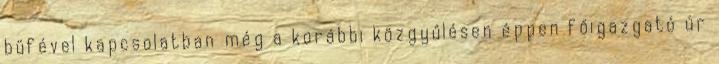
büfével kapcsolatban még a korábbi közgyűlésen éppen főigazgató úr